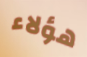
هؤلاء